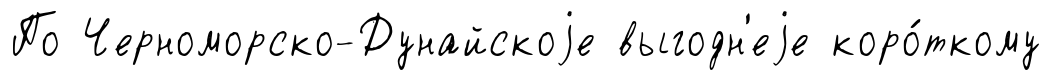
По Черноморско-Дунайскоjе выгодн'еjе коро́ткому